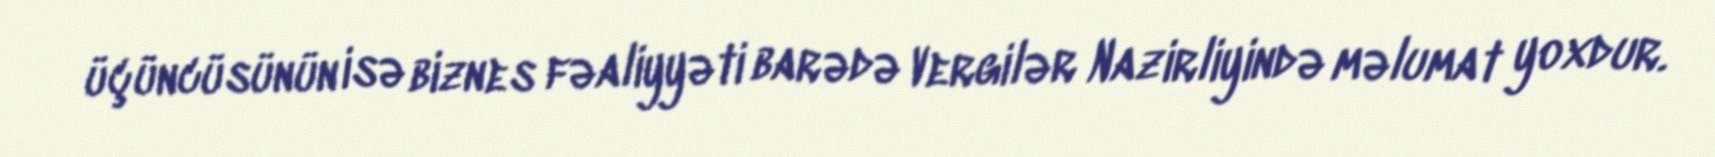
üçüncüsünün isə biznes fəaliyyəti barədə Vergilər Nazirliyində məlumat yoxdur.